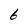
Character: 6